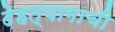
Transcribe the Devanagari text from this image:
देहत्यागाची